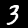
Label: 3